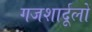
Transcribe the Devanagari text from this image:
गजशार्दूलों